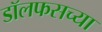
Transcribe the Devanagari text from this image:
डॉलफसच्या